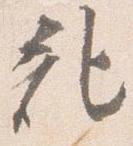
記